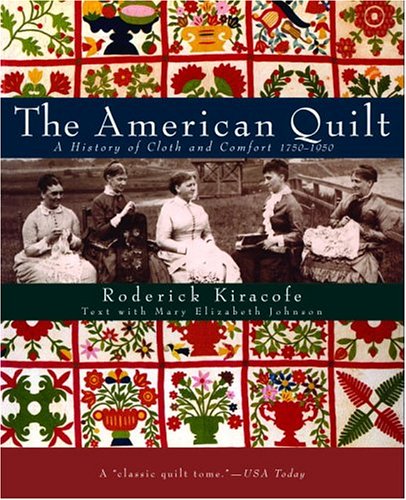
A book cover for The American Quilt: A History of Cloth and Comfort 1750-1950; Roderick Kiracofe; Humor & Entertainment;